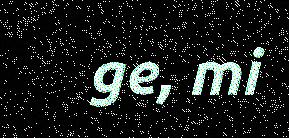
ge, mi